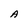
Character: A